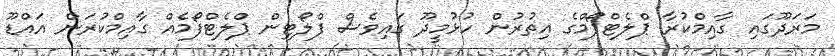
މަރަދޫގައި ގާއިމްކުރާ ޕްލެޓްފޯމްގެ އިތުރުން ހުޅުމީދޫ ގައިވެސް ފްލޯޓިން ޕްލެޓްފޯމެއް ގާއިމްކުރަން އައްޑޫ